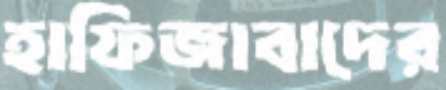
হাফিজাবাদের